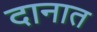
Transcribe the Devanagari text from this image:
दानात